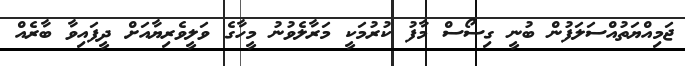
ޖަމިއްޔަތުއްސަލަފުން ބުނީ ގިސޯސް މާފު ކުރުމަކީ މަރާލެވުނު މީހާގެ ވަލީވެރިޔާއަށް ދީފައިވާ ބާރެއް